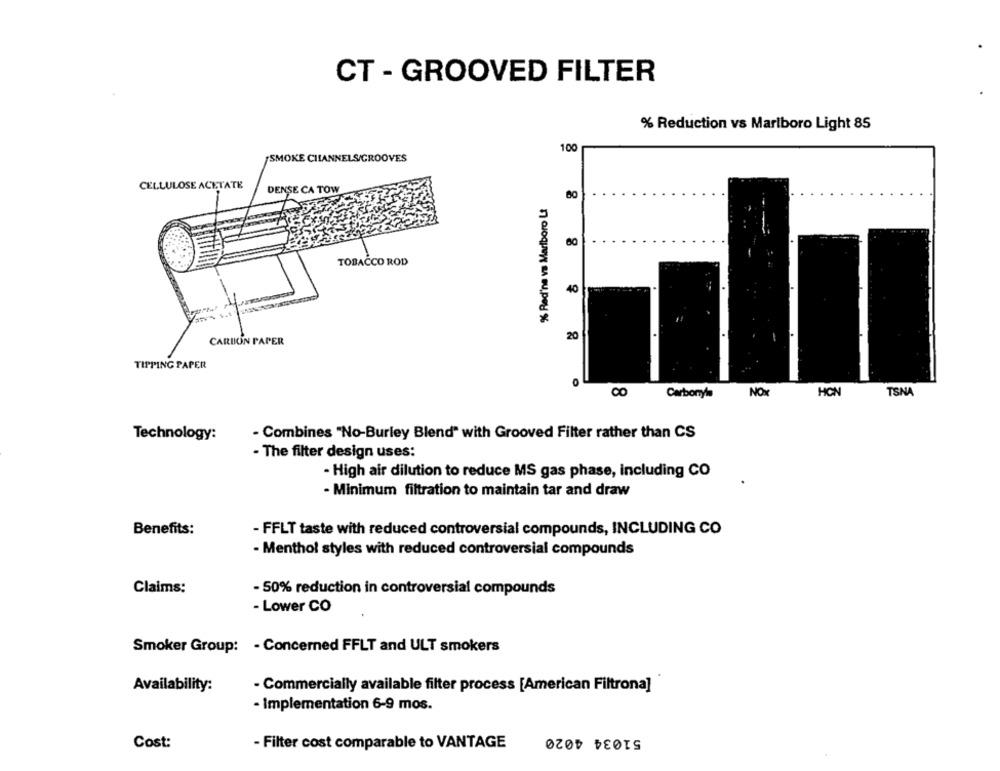
CT - GROOVED FILTER
% Reduction vs Marlboro Light 85
100
/SMOKE CHANNELS/GROOVES
CELLULOSE ACETATE
DENSE CA TOW
% Rad'ne va Marlboro Lt
80
TOBACCO ROD
8 8
40
CARBON PAPER
20
TIPPING PAPER
0
Carbonyls
NOX
HON
TSNA
Technology:
- Combines "No-Burley Blend" with Grooved Filter rather than CS
- The filter design uses:
- High air dilution to reduce MS gas phase, including CO
- Minimum filtration to maintain tar and draw
Benefits:
- FFLT taste with reduced controversial compounds, INCLUDING CO
- Menthol styles with reduced controversial compounds
Claims:
- 50% reduction in controversial compounds
- Lower CO
Smoker Group: - Concerned FFLT and ULT smokers
Availability:
- Commercially available filter process [American Filtrona]
- Implementation 6-9 mos.
51034 4020
Cost:
- Filter cost comparable to VANTAGE